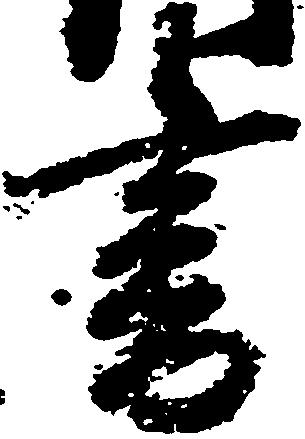
書